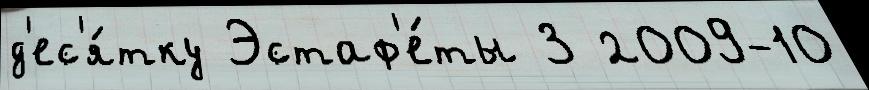
д'ес'я́тку Эстаф'е́ты 3 2009-10